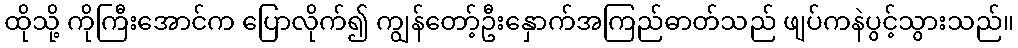
ထိုသို့ ကိုကြီးအောင်က ပြောလိုက်၍ ကျွန်တော့်ဦးနှောက်အကြည်ဓာတ်သည် ဖျပ်ကနဲပွင့်သွားသည်။